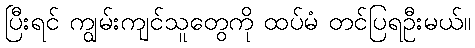
ပြီးရင် ကျွမ်းကျင်သူတွေကို ထပ်မံ တင်ပြရဦးမယ်။